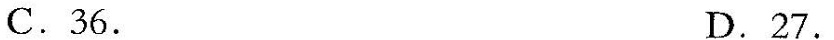
C.36. D.27.